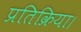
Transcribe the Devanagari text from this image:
प्रतिक्रिया।